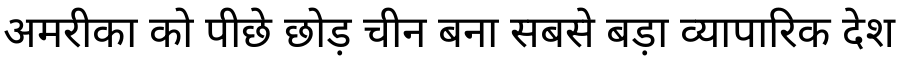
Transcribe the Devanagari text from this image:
अमरीका को पीछे छोड़ चीन बना सबसे बड़ा व्यापारिक देश